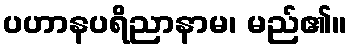
ပဟာနပရိညာနာမ၊ မည်၏။